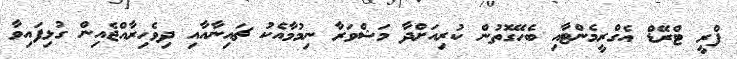
ފްރީ ޓްރޭޑް އެގްރީމެންޓާއި ބެހޭގޮތުން ކުރިއަށްދާ މަޝްވަރާ ނިމުމާއެކު ޗައިނާއާއި ދިވެހިރާއްޖެއިން ގުޅިފައިވާ